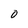
Character: 0